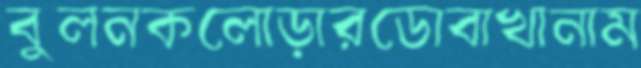
বুলনকলোড়ারডোবাখানাম